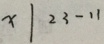
x \vert 2 3 - 1 1